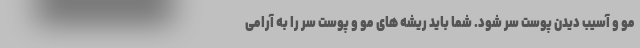
مو و آسیب دیدن پوست سر شود. شما باید ریشه های مو و پوست سر را به آرامی